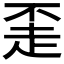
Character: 𬦇